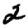
Digit: 2